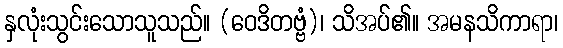
နှလုံးသွင်းသောသူသည်။ (ဝေဒိတဗ္ဗံ)၊ သိအပ်၏။ အမနသိကာရာ၊